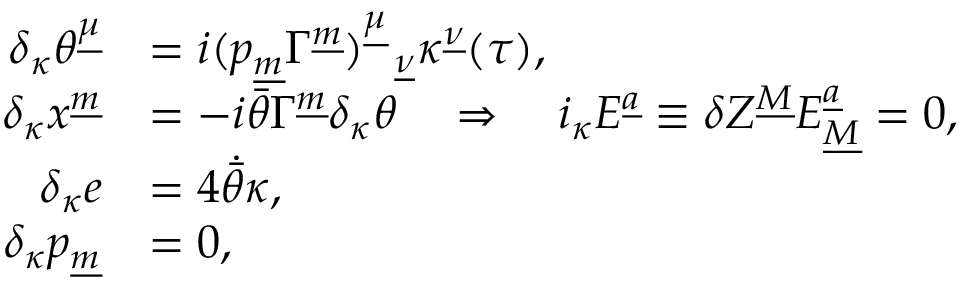
\begin{array} { r l } { { \delta _ { \kappa } \theta ^ { \underline { { { \mu } } } } } } & { { = i ( p _ { \underline { { m } } } \Gamma ^ { \underline { { m } } } ) _ { ~ ~ \underline { { { \nu } } } } ^ { \underline { { { \mu } } } } \kappa ^ { \underline { { { \nu } } } } ( \tau ) , } } \\ { { \delta _ { \kappa } x ^ { \underline { { { m } } } } } } & { { = - i \bar { \theta } \Gamma ^ { \underline { { { m } } } } \delta _ { \kappa } \theta ~ ~ ~ \Rightarrow ~ ~ ~ i _ { \kappa } { \cal E } ^ { \underline { { a } } } \equiv \delta Z ^ { \underline { { M } } } { \cal E } _ { \underline { { M } } } ^ { \underline { { a } } } = 0 , } } \\ { { \delta _ { \kappa } e } } & { { = 4 \dot { \bar { \theta } } \kappa , } } \\ { { \delta _ { \kappa } p _ { \underline { { m } } } } } & { { = 0 , } } \end{array}